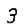
Digit: 3